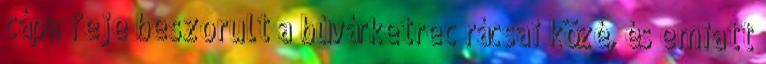
cápa feje beszorult a búvárketrec rácsai közé, és emiatt